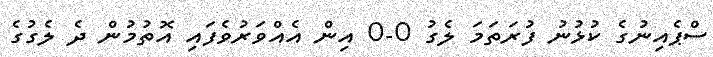
ސްޕެއިނުގެ ކުޅުނު ފުރަތަމަ ލެގު 0-0 އިން އެއްވަރުވެފައި އޮތުމުން ދެ ލެގުގެ